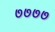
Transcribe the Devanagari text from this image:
७७७७